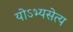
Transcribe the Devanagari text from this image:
योऽभ्यसेत्य